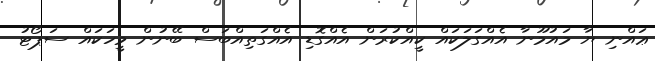
ޢައްނި ޔާ މައުމޫނާ އެއްގަލަކައް ކީއްކުރަން އެއްގޮޑި އެއްގަތިއްބަސް ބޭނުން މީހަކައް ސަޕޯޓު